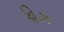
હિઝ